Annual administration report of the Civil Veterinary Department of India - 1898-1899
Year: 1898
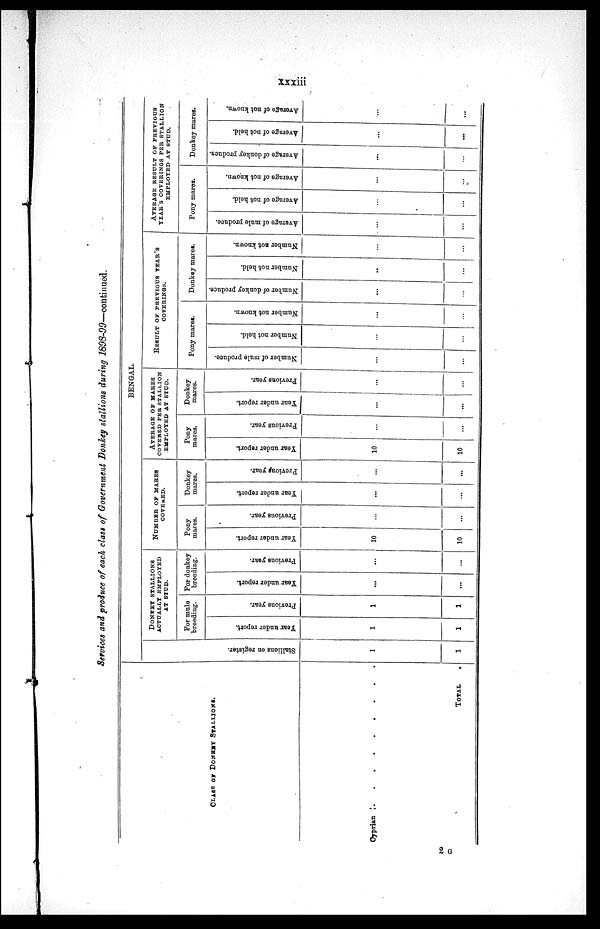
xxxiii
Services and produce of each class of Government Donkey stallions during 1898-99—continued.
CLASS OF DONKEY STALLIONS.
Cyprian . . . . .
TOTAL .
BENGAL.
Stallions on register.
1
1
DONKEY STALLIONS
ACTUALLY EMPLOYED
AT STUD.
For mule
breeding.
Year
under report.
1
1
Previous year.
1
1
For donkey
breeding.
Year under report.
...
...
Previous year.
...
...
NUMBER OF MARES
COVERED.
Pony
mares.
Year under report.
10
10
Previous year.
...
...
Donkey
mares.
Year under report.
...
...
Previous year.
...
...
AVERAGE OF MARES
COVERED PER STALLION
EMPLOYED AT STUD.
Pony
mares.
Year under report.
10
10
Previous year.
...
...
Donkey
mares.
Year under report.
...
...
Previous year.
...
...
RESULT OF PREVIOUS YEAR'S
COVERINGS.
Pony mares.
Number of mule produce.
...
...
Number not held.
...
...
Number not known.
...
...
Donkey mares.
Number of donkey produce.
....
...
Number not held.
...
...
Number not known.
...
...
AVERAGE RESULT OF PREVIOUS
YEAR'S COVERINGS PER STALLION
EMPLOYED AT STUD.
Pony mares.
Average of mule produce.
...
...
Average of not held.
...
...
Average of not known.
...
...
Donkey mares.
Average of donkey produce.
...
...
Average of not held.
...
...
Average of not known.
...
...
2 G